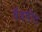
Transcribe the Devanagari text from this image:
बॅडपीट